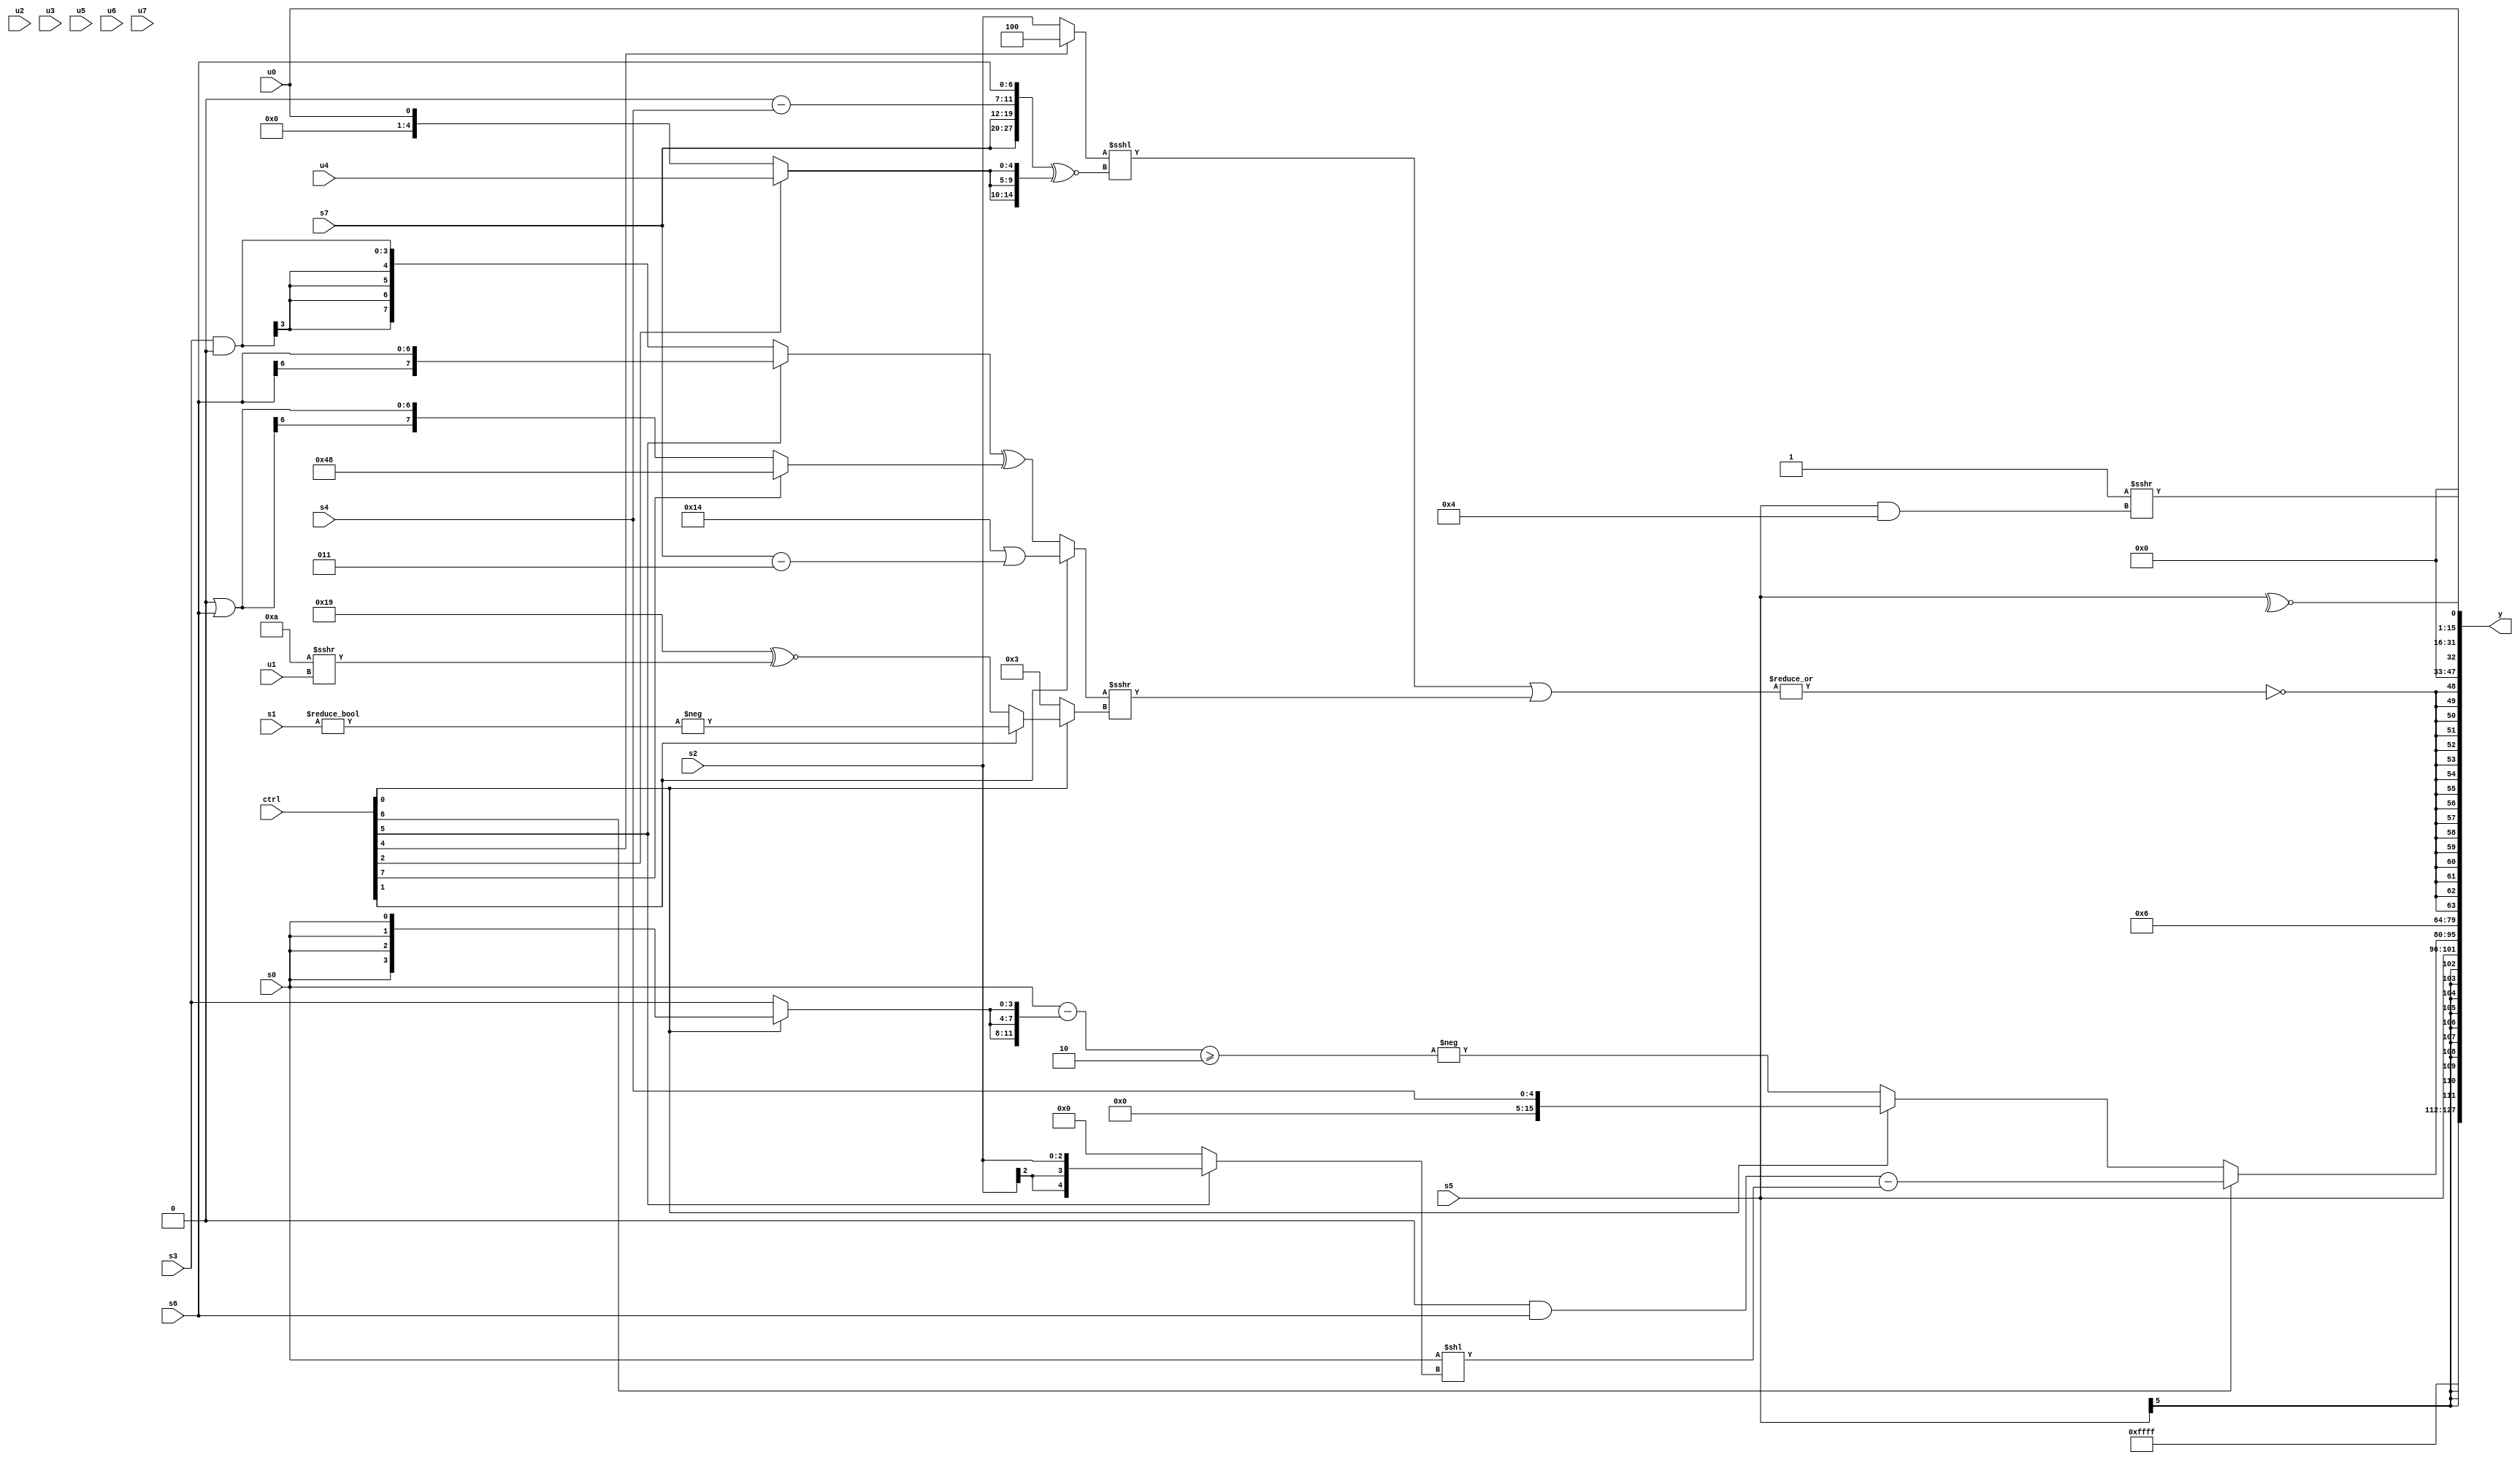
module wideexpr_00227(ctrl, u0, u1, u2, u3, u4, u5, u6, u7, s0, s1, s2, s3, s4, s5, s6, s7, y);
  input [7:0] ctrl;
  input [0:0] u0;
  input [1:0] u1;
  input [2:0] u2;
  input [3:0] u3;
  input [4:0] u4;
  input [5:0] u5;
  input [6:0] u6;
  input [7:0] u7;
  input signed [0:0] s0;
  input signed [1:0] s1;
  input signed [2:0] s2;
  input signed [3:0] s3;
  input signed [4:0] s4;
  input signed [5:0] s5;
  input signed [6:0] s6;
  input signed [7:0] s7;
  output [127:0] y;
  wire [15:0] y0;
  wire [15:0] y1;
  wire [15:0] y2;
  wire [15:0] y3;
  wire [15:0] y4;
  wire [15:0] y5;
  wire [15:0] y6;
  wire [15:0] y7;
  assign y = {y0,y1,y2,y3,y4,y5,y6,y7};
  assign y0 = $signed(+(1'sb1));
  assign y1 = s5;
  assign y2 = (ctrl[6]?((2'sb00)&(s6))-((s0)<<($unsigned((ctrl[5]?$signed(s2):5'sb00000)))):(ctrl[0]?s4:-(((&(s0))-({3{(ctrl[0]?s0:s3)}}))>=(2'b10))));
  assign y3 = $signed(5'sb00110);
  assign y4 = $signed(~|(($signed(($signed((ctrl[4]?3'sb100:s2)))<<<(({$signed(s7),$signed(s7),(4'sb0000)-(s4),s6})^~({3{(ctrl[2]?u4:u0)}}))))|(((ctrl[1]?(6'sb010100)|(($signed(s7))-(3'sb011)):((ctrl[5]?+(s6):(s3)&(2'sb00)))^((ctrl[7]?(5'sb01001)<<<(4'sb0011):(1'sb0)|(s6)))))>>>((ctrl[0]?(ctrl[1]?-((1'sb0)!=(s1)):((5'sb11001)>>>(1'sb0))^~((4'sb1010)>>>(u1))):3'sb011)))));
  assign y5 = u0;
  assign y6 = ((6'sb111001)>>>(5'sb00101))>>>((s5)&(5'sb00100));
  assign y7 = ~^(s5);
endmodule